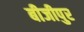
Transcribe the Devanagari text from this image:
बीजीपुर